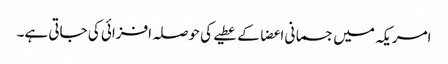
امریکہ میں جسمانی اعضا کے عطیے کی حوصلہ افزائی کی جاتی ہے۔